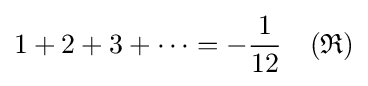
1+2+3+\cdots =-{\frac {1}{12}}\quad ({\mathfrak {R}})